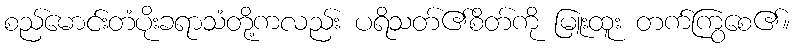
စည်မောင်းတံပိုးခရာသံတို့ကလည်း ပရိသတ်၏စိတ်ကို မြူးထူး တက်ကြွစေ၏။